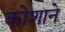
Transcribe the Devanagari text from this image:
कोशाने